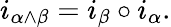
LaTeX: i_{\alpha\wedge\beta}=i_{\beta}\circ i_{\alpha}.